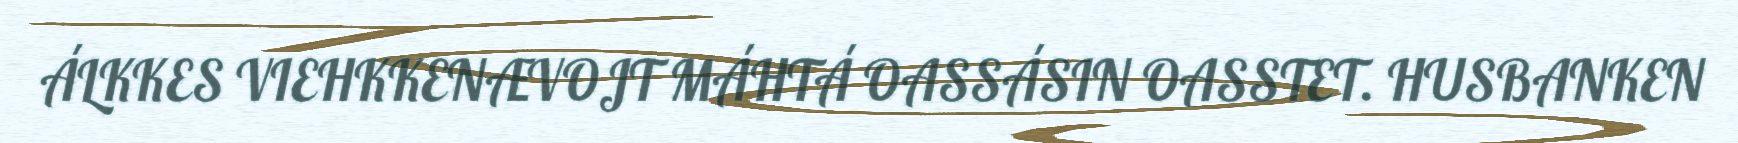
ÁLKKES VIEHKKENÆVOJT MÁHTÁ OASSÁSIN OASSTET. HUSBANKEN